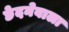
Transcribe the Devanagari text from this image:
छेदनेवाला